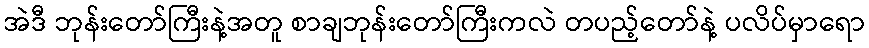
အဲဒီ ဘုန်းတော်ကြီးနဲ့အတူ စာချဘုန်းတော်ကြီးကလဲ တပည့်တော်နဲ့ ပလိပ်မှာရော